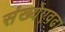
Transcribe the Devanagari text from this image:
संख्येएवढा